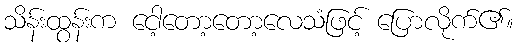
သိန်းထွန်းက ငေါ့တော့တော့လေသံဖြင့် ပြောလိုက်၏။